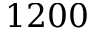
1 2 0 0